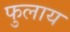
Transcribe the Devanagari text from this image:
फुलाय